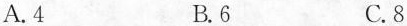
A. 4 B. 6 C. 8